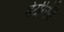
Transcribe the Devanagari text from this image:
वेटरिनेरी